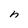
Character: n